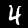
Label: 4